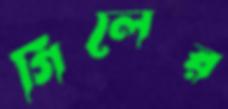
গিলের